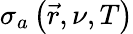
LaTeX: \sigma_{a}\left(\vec{r},\nu,T\right)